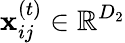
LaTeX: \mathbf{x}_{ij}^{(t)}\in\mathbb{R}^{D_{2}}